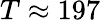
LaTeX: T\approx 197